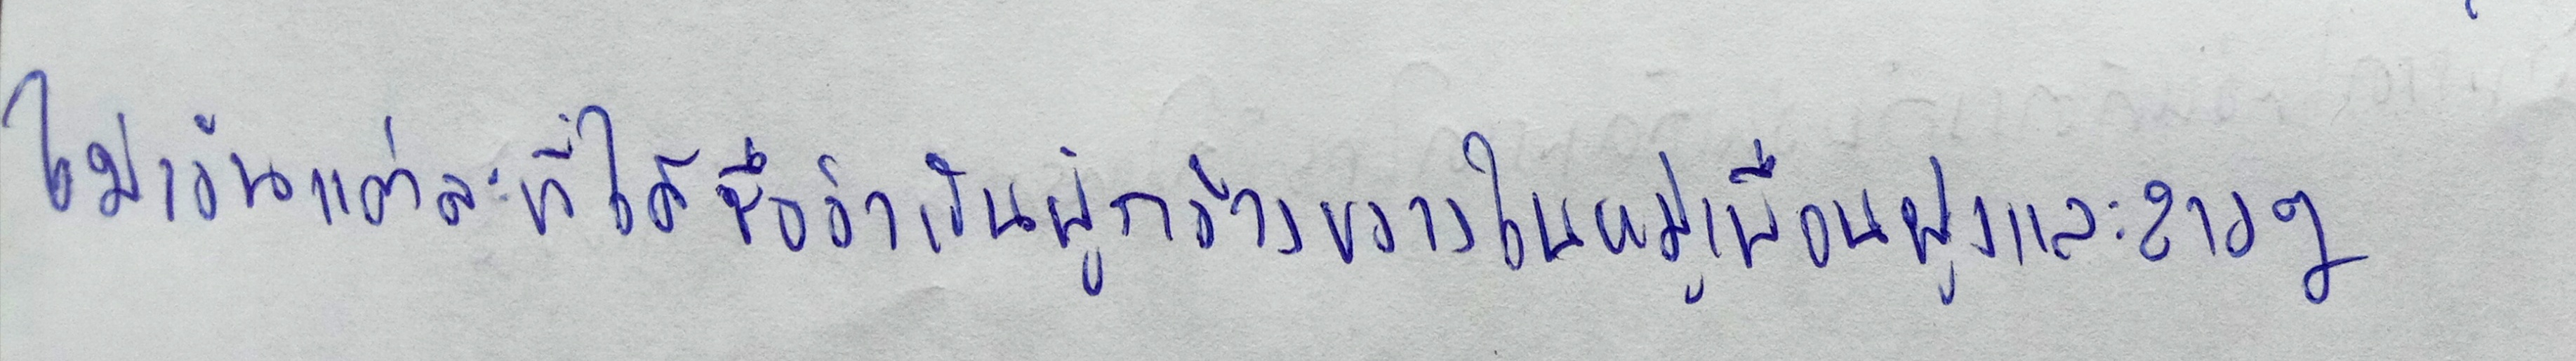
ไม่เว้นแต่ละที่ได้ชื่อว่าเป็นผู้กว้างขวางในหมู่เพื่อนฝูงและสาวๆ